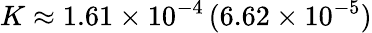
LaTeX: K\approx 1.61\times 10^{-4}\, (6.62\times 10^{-5})